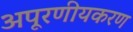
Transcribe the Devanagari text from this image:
अपूरणीयकरण